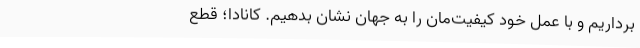
برداریم و با عمل خود کیفیت‌مان را به جهان نشان بدهیم. کانادا؛ قطع